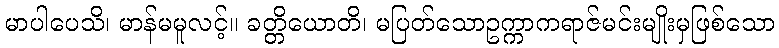
မာပါပေသိ၊ မာန်မမူလင့်။ ခတ္တိယောတိ၊ မပြတ်သောဥက္ကာကရာဇ်မင်းမျိုးမှဖြစ်သော